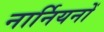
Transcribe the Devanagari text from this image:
नार्नियनों